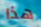
هذا